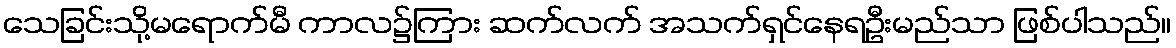
သေခြင်းသို့မရောက်မီ ကာလ၌ကြား ဆက်လက် အသက်ရှင်နေရဦးမည်သာ ဖြစ်ပါသည်။